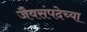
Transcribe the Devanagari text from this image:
जैवसंपदेच्या